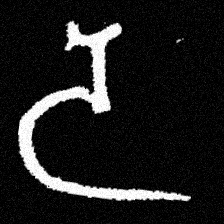
Pyu character \u2014 Myanmar letter: ဒ (romanized: da)